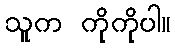
သူက ကိုကိုပါ။